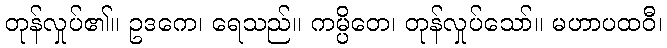
တုန်လှုပ်၏။ ဥဒကေ၊ ရေသည်။ ကမ္ပိတေ၊ တုန်လှုပ်သော်။ မဟာပထဝီ၊